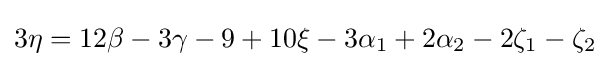
3\eta =12\beta -3\gamma -9+10\xi -3\alpha _{1}+2\alpha _{2}-2\zeta _{1}-\zeta _{2}